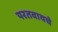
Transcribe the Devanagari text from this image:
परतवायचे